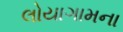
લોયાગામના